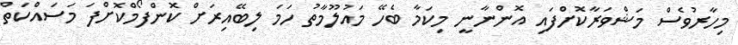
މިހާރުވެސް މަޝްވަރާކޮށްފައި އޮންނާނީ މިކަމާ ބެހޭ މައުލޫމާތު ހަމަ ލިބޭއިރަށް ކޮންފޯމްކޮށްފަ މަސައްކަތް